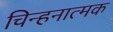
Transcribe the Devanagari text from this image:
चिन्हनात्मक